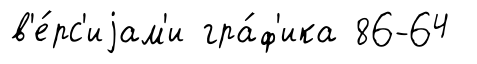
в'е́рс'иjам'и гра́ф'ика 86-64